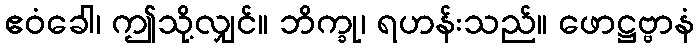
ဧဝံခေါ၊ ဤသို့လျှင်။ ဘိက္ခု၊ ရဟန်းသည်။ ဖောဋ္ဌဗ္ဗာနံ